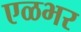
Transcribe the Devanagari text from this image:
एळभर